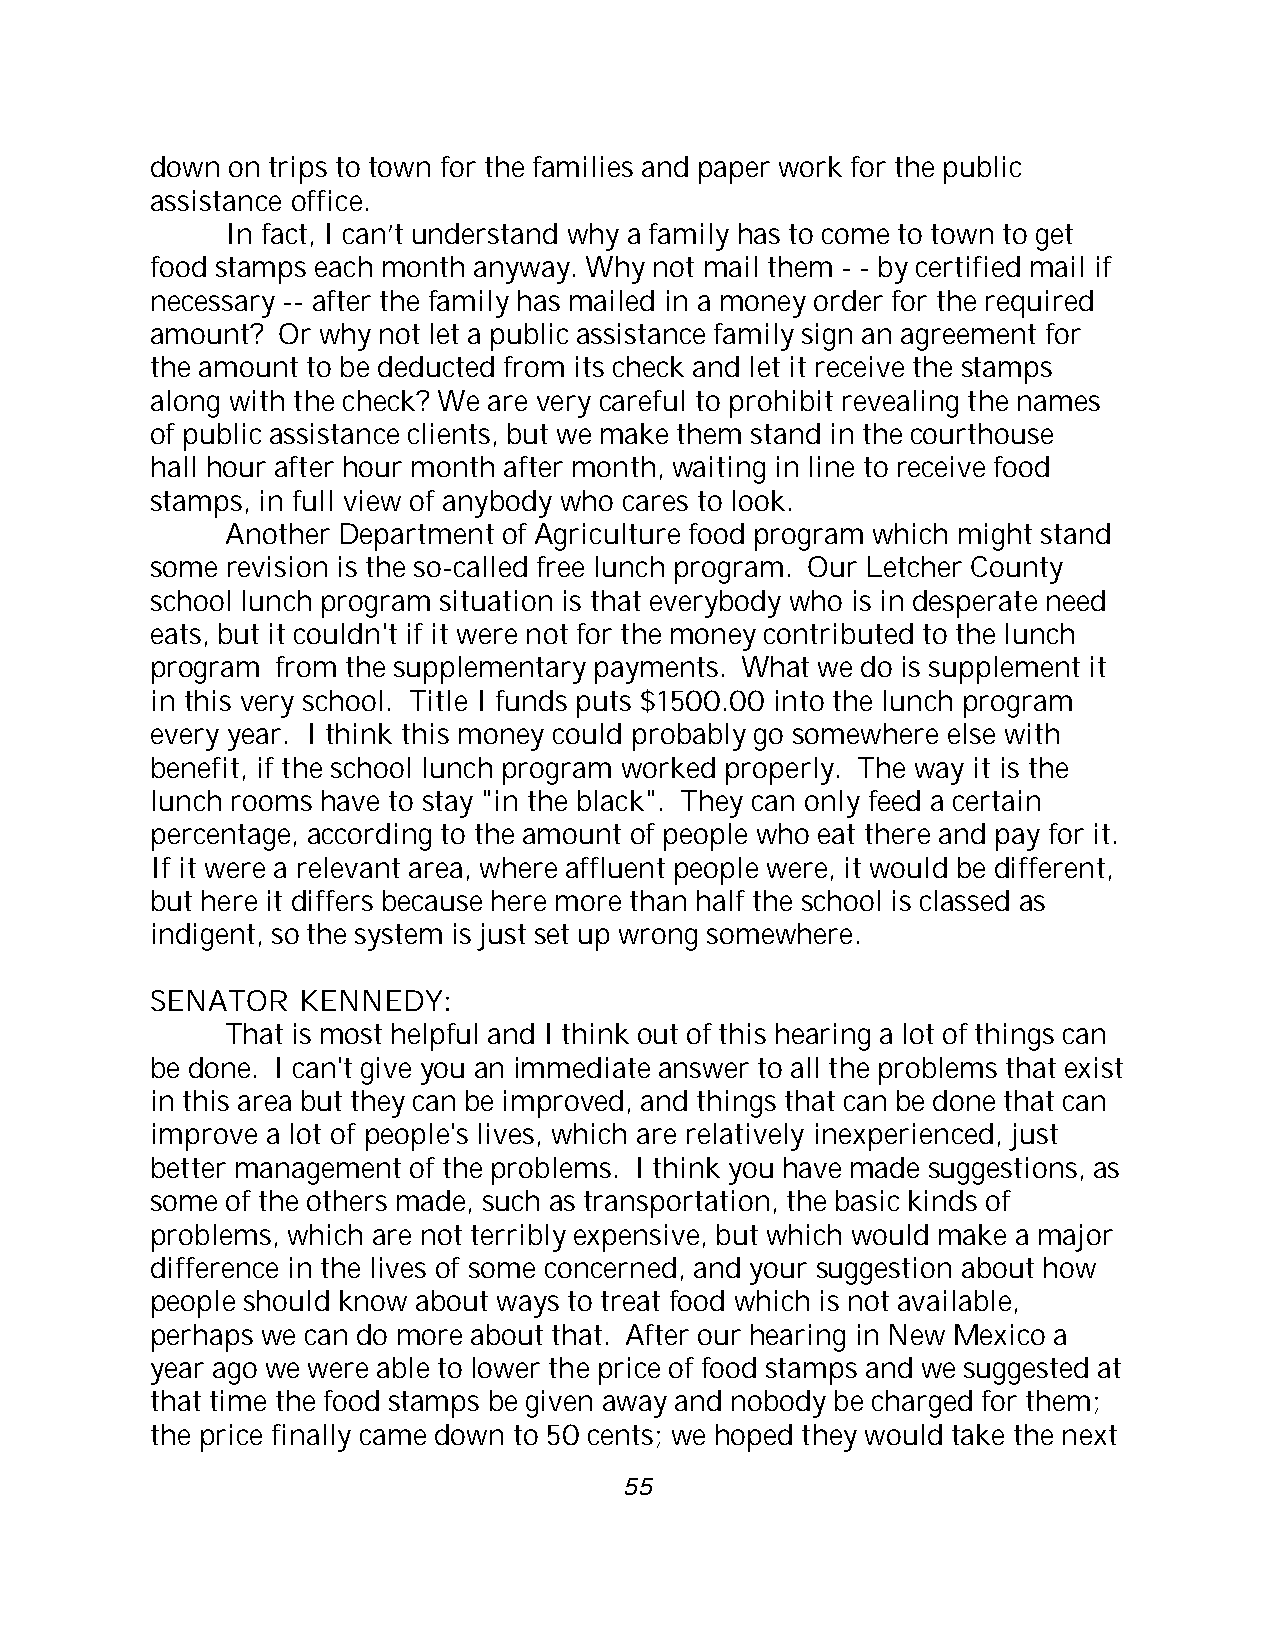
down on trips to town for the families and paper work for the public
 assistance office.
 In fact, I can’t understand why a family has to come to town to get
 food stamps each month anyway. Why not mail them - - by certified mail if
 necessary -- after the family has mailed in a money order for the required
 amount? Or why not let a public assistance family sign an agreement for
 the amount to be deducted from its check and let it receive the stamps
 along with the check? We are very careful to prohibit revealing the names
 of public assistance clients, but we make them stand in the courthouse
 hall hour after hour month after month, waiting in line to receive food
 stamps, in full view of anybody who cares to look.
 Another Department of Agriculture food program which might stand
 some revision is the so-called free lunch program. Our Letcher County
 school lunch program situation is that everybody who is in desperate need
 eats, but it couldn't if it were not for the money contributed to the lunch
 program from the supplementary payments. What we do is supplement it
 in this very school. Title I funds puts $1500.00 into the lunch program
 every year. I think this money could probably go somewhere else with
 benefit, if the school lunch program worked properly. The way it is the
 lunch rooms have to stay "in the black". They can only feed a certain
 percentage, according to the amount of people who eat there and pay for it.
 If it were a relevant area, where affluent people were, it would be different,
 but here it differs because here more than half the school is classed as
 indigent, so the system is just set up wrong somewhere.
 SENATOR   KENNEDY:
 That is most helpful and I think out of this hearing a lot of things can
 be done. I can't give you an immediate answer to all the problems that exist
 in this area but they can be improved, and things that can be done that can
 improve a lot of people's lives, which are relatively inexperienced, just
 better management of the problems. I think you have made suggestions, as
 some of the others made, such as transportation, the basic kinds of
 problems, which are not terribly expensive, but which would make a major
 difference in the lives of some concerned, and your suggestion about how
 people should know about ways to treat food which is not available,
 perhaps we can do more about that. After our hearing in New Mexico a
 year ago we were able to lower the price of food stamps and we suggested at
 that time the food stamps be given away and nobody be charged for them;
 the price finally came down to 50 cents; we hoped they would take the next
 55